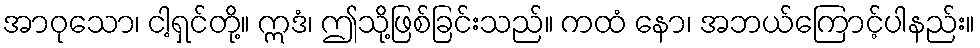
အာဝုသော၊ ငါ့ရှင်တို့။ ဣဒံ၊ ဤသို့ဖြစ်ခြင်းသည်။ ကထံ နော၊ အဘယ်ကြောင့်ပါနည်း။